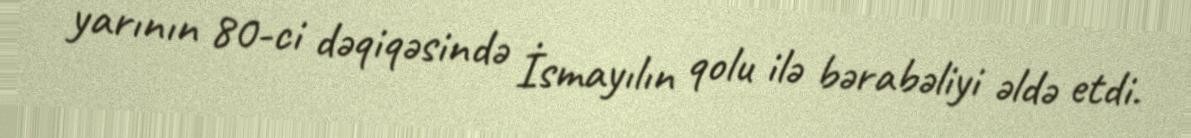
yarının 80-ci dəqiqəsində İsmayılın qolu ilə bərabəliyi əldə etdi.